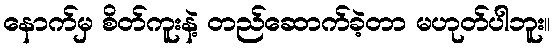
နောက်မှ စိတ်ကူးနဲ့ တည်ဆောက်ခဲ့တာ မဟုတ်ပါဘူး။